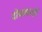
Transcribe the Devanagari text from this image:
दोघांवरही